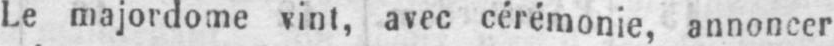
Le majordome vint, avec cérémonie, annoncer